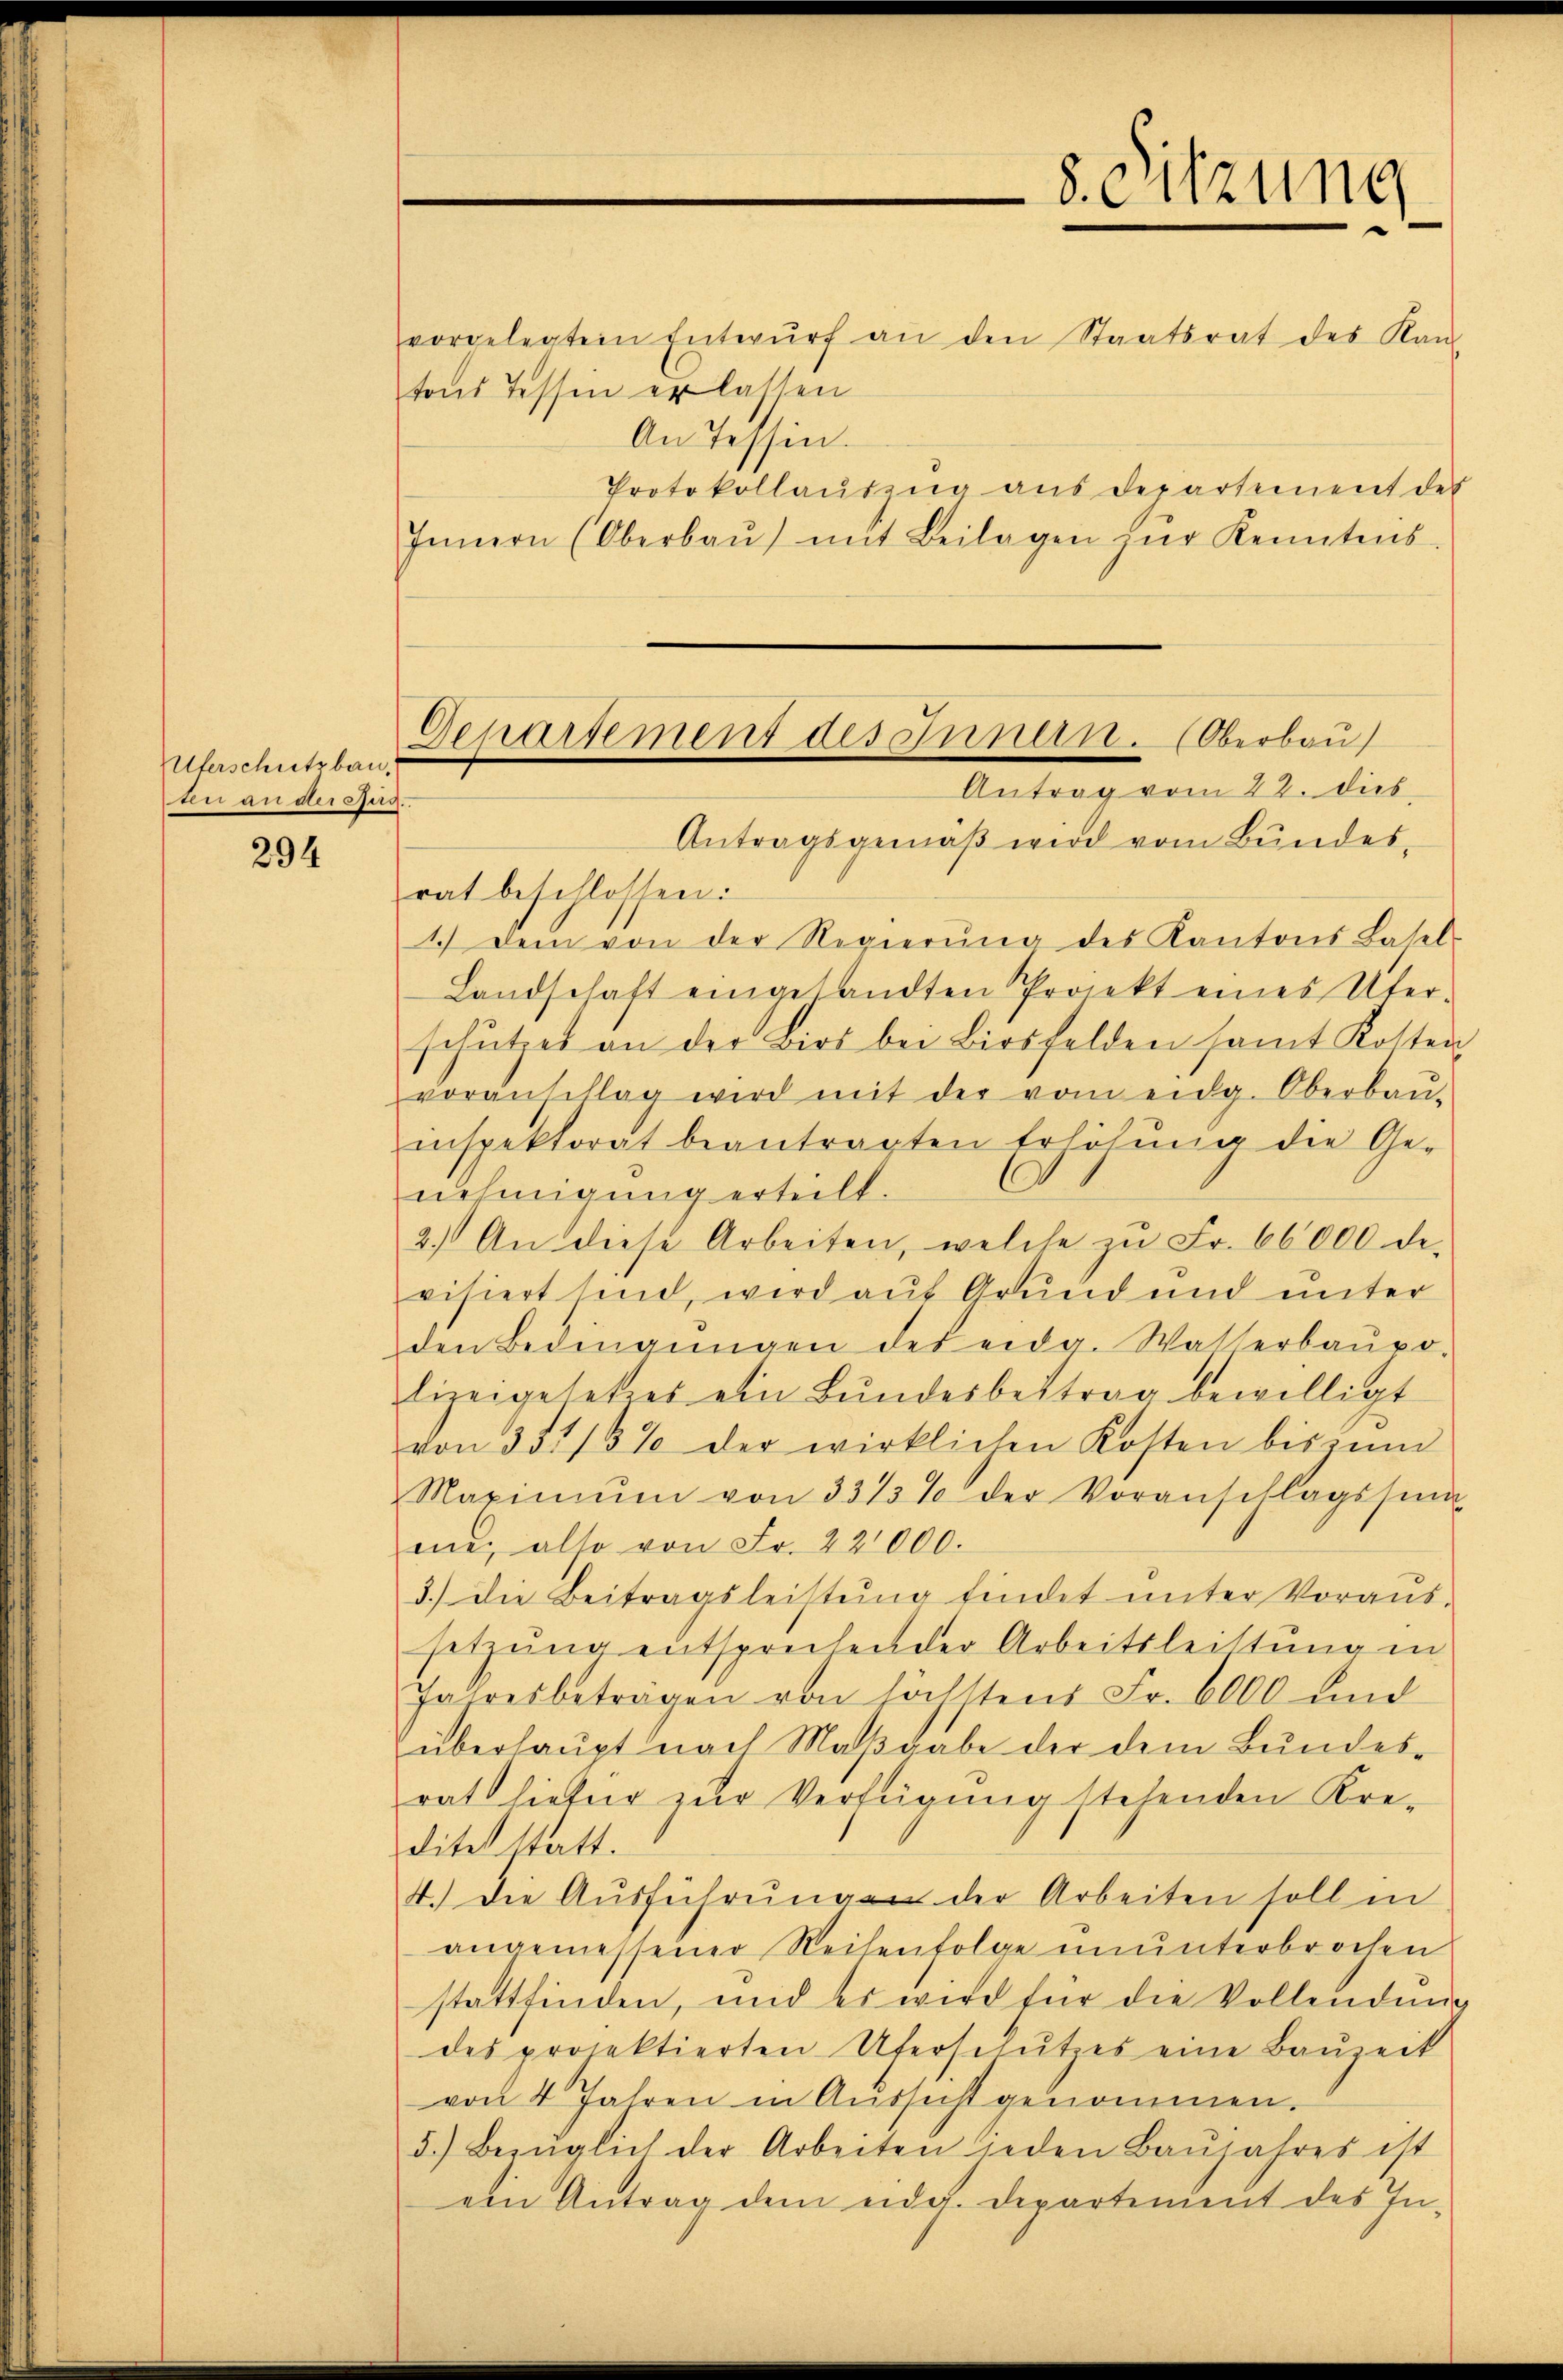
Überschutzbau,
ten an der Reg.

294

vorgelegtem Entwŭrf an den Staatsrat des Kan-
tons Tessen erlassen
An Tessin.
Protokollauszug aus departement des
Innern (Oberbaŭ) mit Beilagen zŭr Kenntnis.
Antragsgemäß wird vom Bundes-
rat beschlossen:
1. Dein von der Regierŭng des Kantons Basel-
Landschaft eingesandten Projekt eines Ufer-
schŭtzet an der Birs bei Birsfelden samt Kosten
voranschlag wird mit der vom eidg. Oberbaŭ-
inspektorat beantragten Erlösung die Ge-
nehmigung erteilt.
2.) An diese Arbeiten, welche zŭ Fr. 66000 de
visiert sind, wird auf Grund und unter
den Bedingŭngen des eidg. Wasserbaŭpo-
lizeigesetzes ein Bŭndesbettrag bewilligt
von 331/3% der wirklichen Kosten bis zŭm
Maximŭm von 3315% der Voranschlagssŭn
me, also von Fr. 22000.
3.) Die Beitragsleistŭng findet unter Voraŭs-
setzung entsprechender Arbeitsleistung in
Jahresbeträgen von höchstens Fr. 6000 und
überhaupt nach Maßgabe der dem Bundesrat lieber zur Verfügung stehenden Kre-
ditet statt.
4. Die Aŭsführŭngen der Arbeiten soll in
angemessener Reihenfolge ununterbrochen
stattfinden, und es wird für die Vollendŭng
des projektierten Uferschutzes eine Bauzeit
von 4 Jahren in Aussicht genommen.
5.) Bezüglich der Arbeiten jeden Baŭjahres ist
ein Antrag dem eider. Departement des In-

Gepursement des Innern. (Oberbau
Antrag vom 22. dies

8. Sitzung